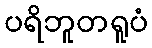
ပရိဘူတရူပံ